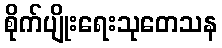
စိုက်ပျိုးရေးသုတေသန